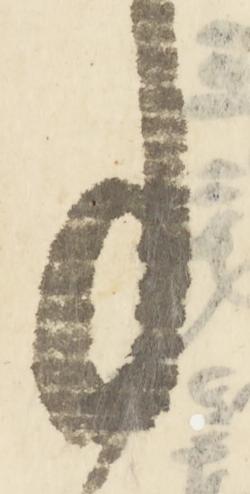
月